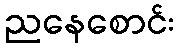
ညနေစောင်း